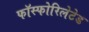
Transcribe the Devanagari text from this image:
फॉस्फोरिलेटेड